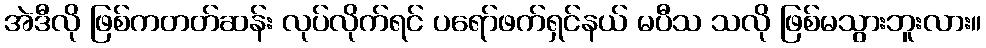
အဲဒီလို ဖြစ်ကတတ်ဆန်း လုပ်လိုက်ရင် ပရော်ဖက်ရှင်နယ် မပီသ သလို ဖြစ်မသွားဘူးလား။